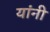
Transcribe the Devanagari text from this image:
यांंनी